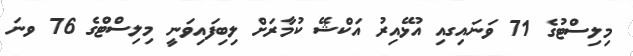
މިލިސްޓުގެ 71 ވަނައިގއި އުޅޭއިރު އަކްޝޭ ކުމާރަށް ލިބިފައިވަނީ މިލިސްޓްގެ 76 ވނަ